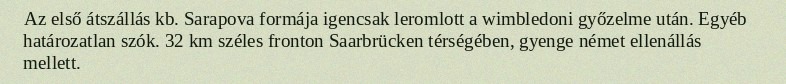
Az első átszállás kb. Sarapova formája igencsak leromlott a wimbledoni győzelme után. Egyéb határozatlan szók. 32 km széles fronton Saarbrücken térségében, gyenge német ellenállás mellett.